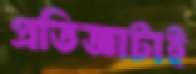
প্রতিজ্ঞাটাই